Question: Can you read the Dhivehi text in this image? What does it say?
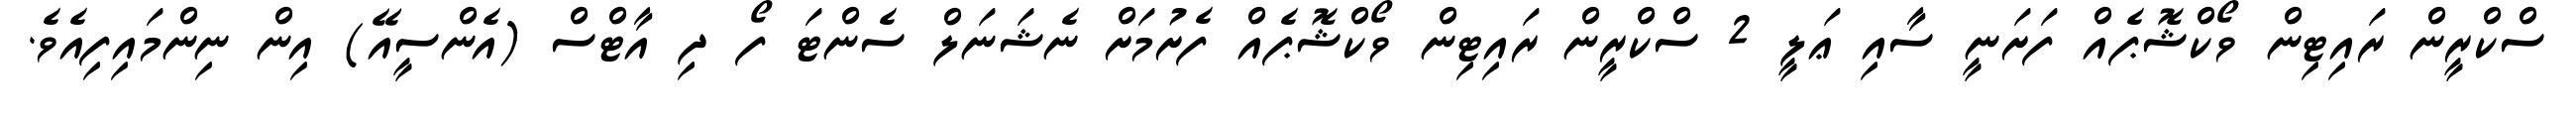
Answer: ސްކްރީން ރައިޓިން ވޯކްޝޮޕެއް ފަށަނީ ސާއި ޢަލީ 2 ސްކްރީން ރައިޓިން ވޯކްޝޮޕެއް ފެށުމަށް ނެޝަނަލް ސެންޓަ ފޯ ދި އާޓްސް (އެންސީއޭ) އިން ނިންމައިފިއެވެ.